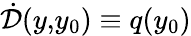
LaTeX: \dot{\cal D}(y,\! y_{0})\equiv q(y_{0})